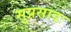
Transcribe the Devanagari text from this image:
सुप्रसादः